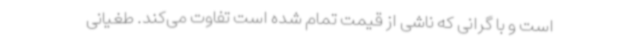
است و با گرانی که ناشی از قیمت تمام شده است تفاوت می‌کند. طغیانی